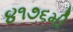
૪૧૭૬મી